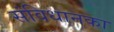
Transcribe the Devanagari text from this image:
संविधानका